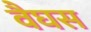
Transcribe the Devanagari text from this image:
वैघस